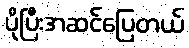
ပိုပြီးအဆင်ပြေတယ်